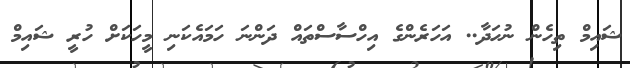
ޝައިމް ތިހެން ނުހަދާ.. އަހަރެންގެ އިހްސާސްތައް ދަންނަ ހަމައެކަނި މީހަކަށް ހުރީ ޝައިމް